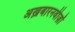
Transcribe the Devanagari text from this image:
अख़बारनवीज़ों